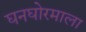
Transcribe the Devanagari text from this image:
घनघोरमाला